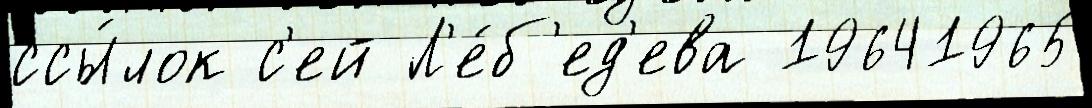
ссы́лок с'ей Л'е́б'ед'ева 19641965